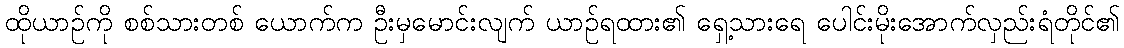
ထိုယာဉ်ကို စစ်သားတစ် ယောက်က ဦးမှမောင်းလျက် ယာဉ်ရထား၏ ရှေ့သားရေ ပေါင်းမိုးအောက်လှည်းရံတိုင်၏